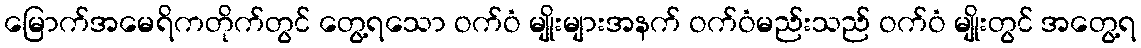
မြောက်အမေရိကတိုက်တွင် တွေ့ရသော ဝက်ဝံ မျိုးများအနက် ဝက်ဝံမည်းသည် ဝက်ဝံ မျိုးတွင် အတွေ့ရ